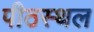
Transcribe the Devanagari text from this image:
पीठस्थल